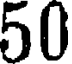
50